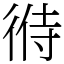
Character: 㣥